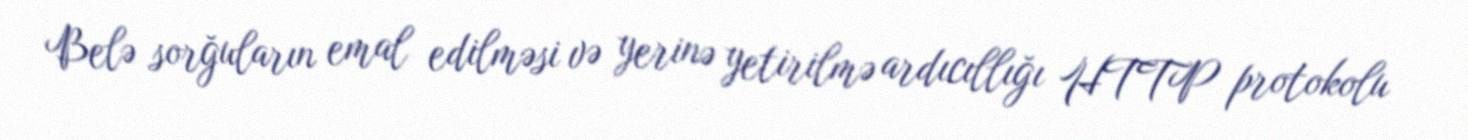
Belə sorğuların emal edilməsi və yerinə yetirilmə ardıcıllığı HTTP protokolu